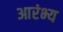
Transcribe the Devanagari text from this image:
आरंभ्य